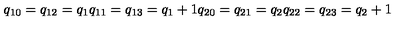
q _ { 1 0 } = q _ { 1 2 } = q _ { 1 } q _ { 1 1 } = q _ { 1 3 } = q _ { 1 } + 1 q _ { 2 0 } = q _ { 2 1 } = q _ { 2 } q _ { 2 2 } = q _ { 2 3 } = q _ { 2 } + 1